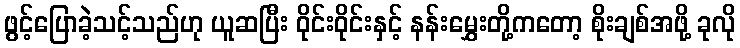
ဖွင့်ပြောခဲ့သင့်သည်ဟု ယူဆပြီး ဝိုင်းဝိုင်းနှင့် နန်းမွှေးတို့ကတော့ စိုးချစ်အဖို့ ခုလို